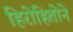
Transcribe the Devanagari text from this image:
हिरोहितोने